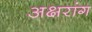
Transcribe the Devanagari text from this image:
अक्षरांग